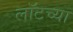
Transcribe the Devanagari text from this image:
लॉटच्या